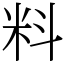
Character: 料